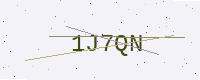
Text: 1J7QN